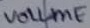
Text: VOLUME